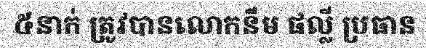
៥នាក់ ត្រូវបានលោកនឹម ផល្លី ប្រធាន